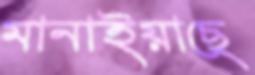
মানাইয়াছে